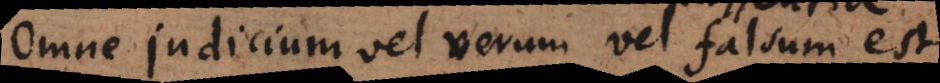
Omne judicium vel verum vel falsum est.